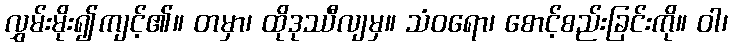
လွှမ်းမိုး၍ကျင့်၏။ တမှာ၊ ထိုဒုဿီလျမှ။ သံဝရော၊ စောင့်စည်းခြင်းကို။ ဝါ၊